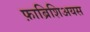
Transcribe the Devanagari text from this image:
फ़ाब्रिशिअयस